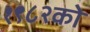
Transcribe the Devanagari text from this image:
१९८२को